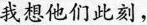
我想他们此刻，